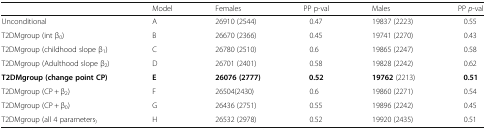
<table><thead><tr><td></td><td><b>Model</b></td><td><b>Females</b></td><td><b>PP p-val</b></td><td><b>Males</b></td><td><b>PP <i>p</i>-val</b></td></tr></thead><tbody><tr><td>Unconditional</td><td>A</td><td>26910 (2544)</td><td>0.47</td><td>19837 (2223)</td><td>0.55</td></tr><tr><td>T2DMgroup (int β<sub>0</sub>)</td><td>B</td><td>26670 (2366)</td><td>0.45</td><td>19741 (2270)</td><td>0.43</td></tr><tr><td>T2DMgroup (childhood slope β<sub>1</sub>)</td><td>C</td><td>26780 (2510)</td><td>0.6</td><td>19865 (2247)</td><td>0.58</td></tr><tr><td>T2DMgroup (Adulthood slope β<sub>2</sub>)</td><td>D</td><td>26701 (2401)</td><td>0.58</td><td>19828 (2242)</td><td>0.62</td></tr><tr><td><b>T2DMgroup (change point CP)</b></td><td><b>E</b></td><td><b>26076 (2777)</b></td><td><b>0.52</b></td><td><b>19762</b> (2213)</td><td><b>0.51</b></td></tr><tr><td>T2DMgroup (CP + β<sub>2</sub>)</td><td>F</td><td>26504(2430)</td><td>0.6</td><td>19860 (2271)</td><td>0.54</td></tr><tr><td>T2DMgroup (CP + β<sub>0</sub>)</td><td>G</td><td>26436 (2751)</td><td>0.55</td><td>19896 (2242)</td><td>0.45</td></tr><tr><td>T2DMgroup (all 4 parameters<sub>)</sub></td><td>H</td><td>26532 (2978)</td><td>0.52</td><td>19920 (2435)</td><td>0.51</td></tr></tbody></table>